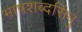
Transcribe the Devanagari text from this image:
भाषशब्दसिंधु